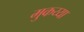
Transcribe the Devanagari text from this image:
मुकय्या